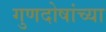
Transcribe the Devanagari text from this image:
गुणदोषांच्या